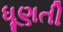
ધૂણતી